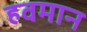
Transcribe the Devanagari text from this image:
हवमान